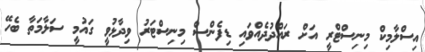
އިސްލާމިކް މިނިސްޓްރީ އަށް ރައްދުދެއްވައި ޑިފެންސް މިނިސްޓަރު ވިދާޅުވީ ގައުމީ ސަލާމަތާ ބެހޭ